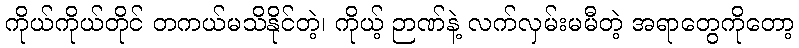
ကိုယ်ကိုယ်တိုင် တကယ်မသိနိုင်တဲ့၊ ကိုယ့် ဉာဏ်နဲ့ လက်လှမ်းမမီတဲ့ အရာတွေကိုတော့